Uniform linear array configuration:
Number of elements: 16
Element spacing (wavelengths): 0.75
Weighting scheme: exponential
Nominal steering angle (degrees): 45
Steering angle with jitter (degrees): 43.253
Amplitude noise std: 0.05
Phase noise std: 0.05

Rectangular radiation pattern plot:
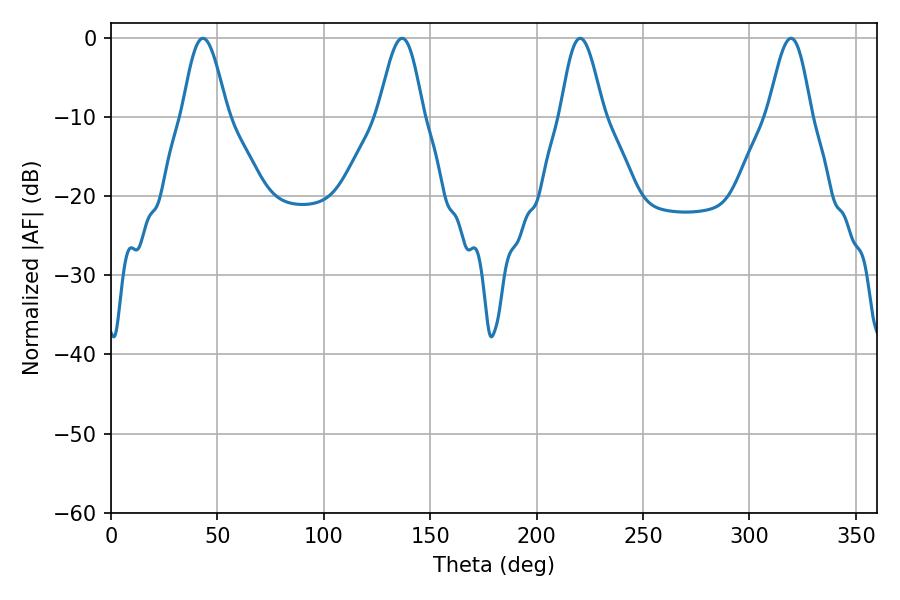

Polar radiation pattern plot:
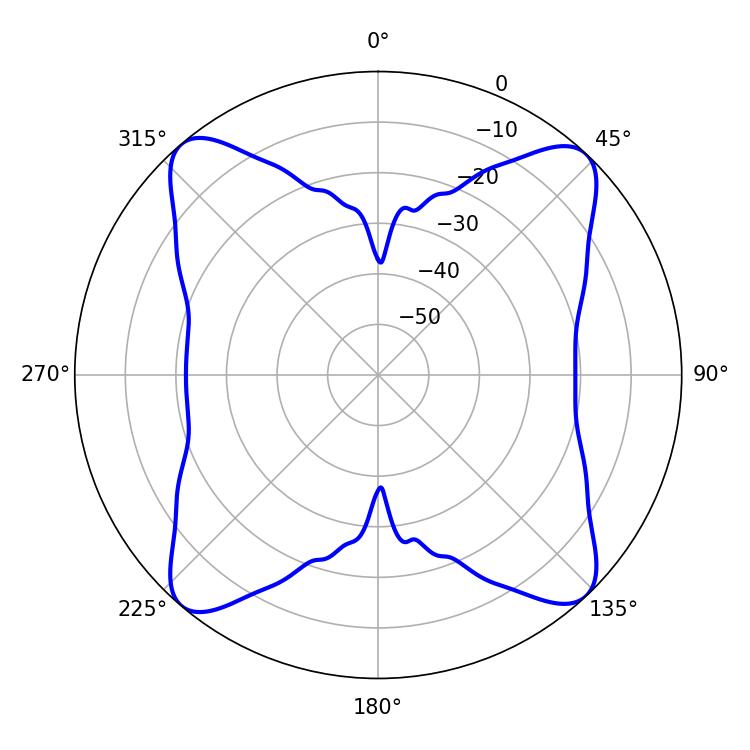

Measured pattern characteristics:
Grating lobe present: TRUE
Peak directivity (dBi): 18.175
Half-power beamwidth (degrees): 11.34
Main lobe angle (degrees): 136.8